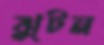
ঝুটন